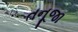
તનૂજા